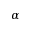
\alpha